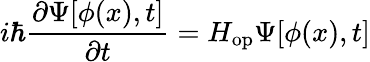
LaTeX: i\hbar\frac{\partial\Psi[\phi(x),t]}{\partial t}=H_{\mathrm{op}}\Psi[\phi(x),t]